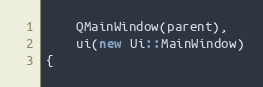
Language: C++
    QMainWindow(parent),
    ui(new Ui::MainWindow)
{